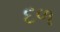
દળ